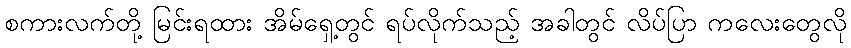
စကားလက်တို့ မြင်းရထား အိမ်ရှေ့တွင် ရပ်လိုက်သည့် အခါတွင် လိပ်ပြာ ကလေးတွေလို